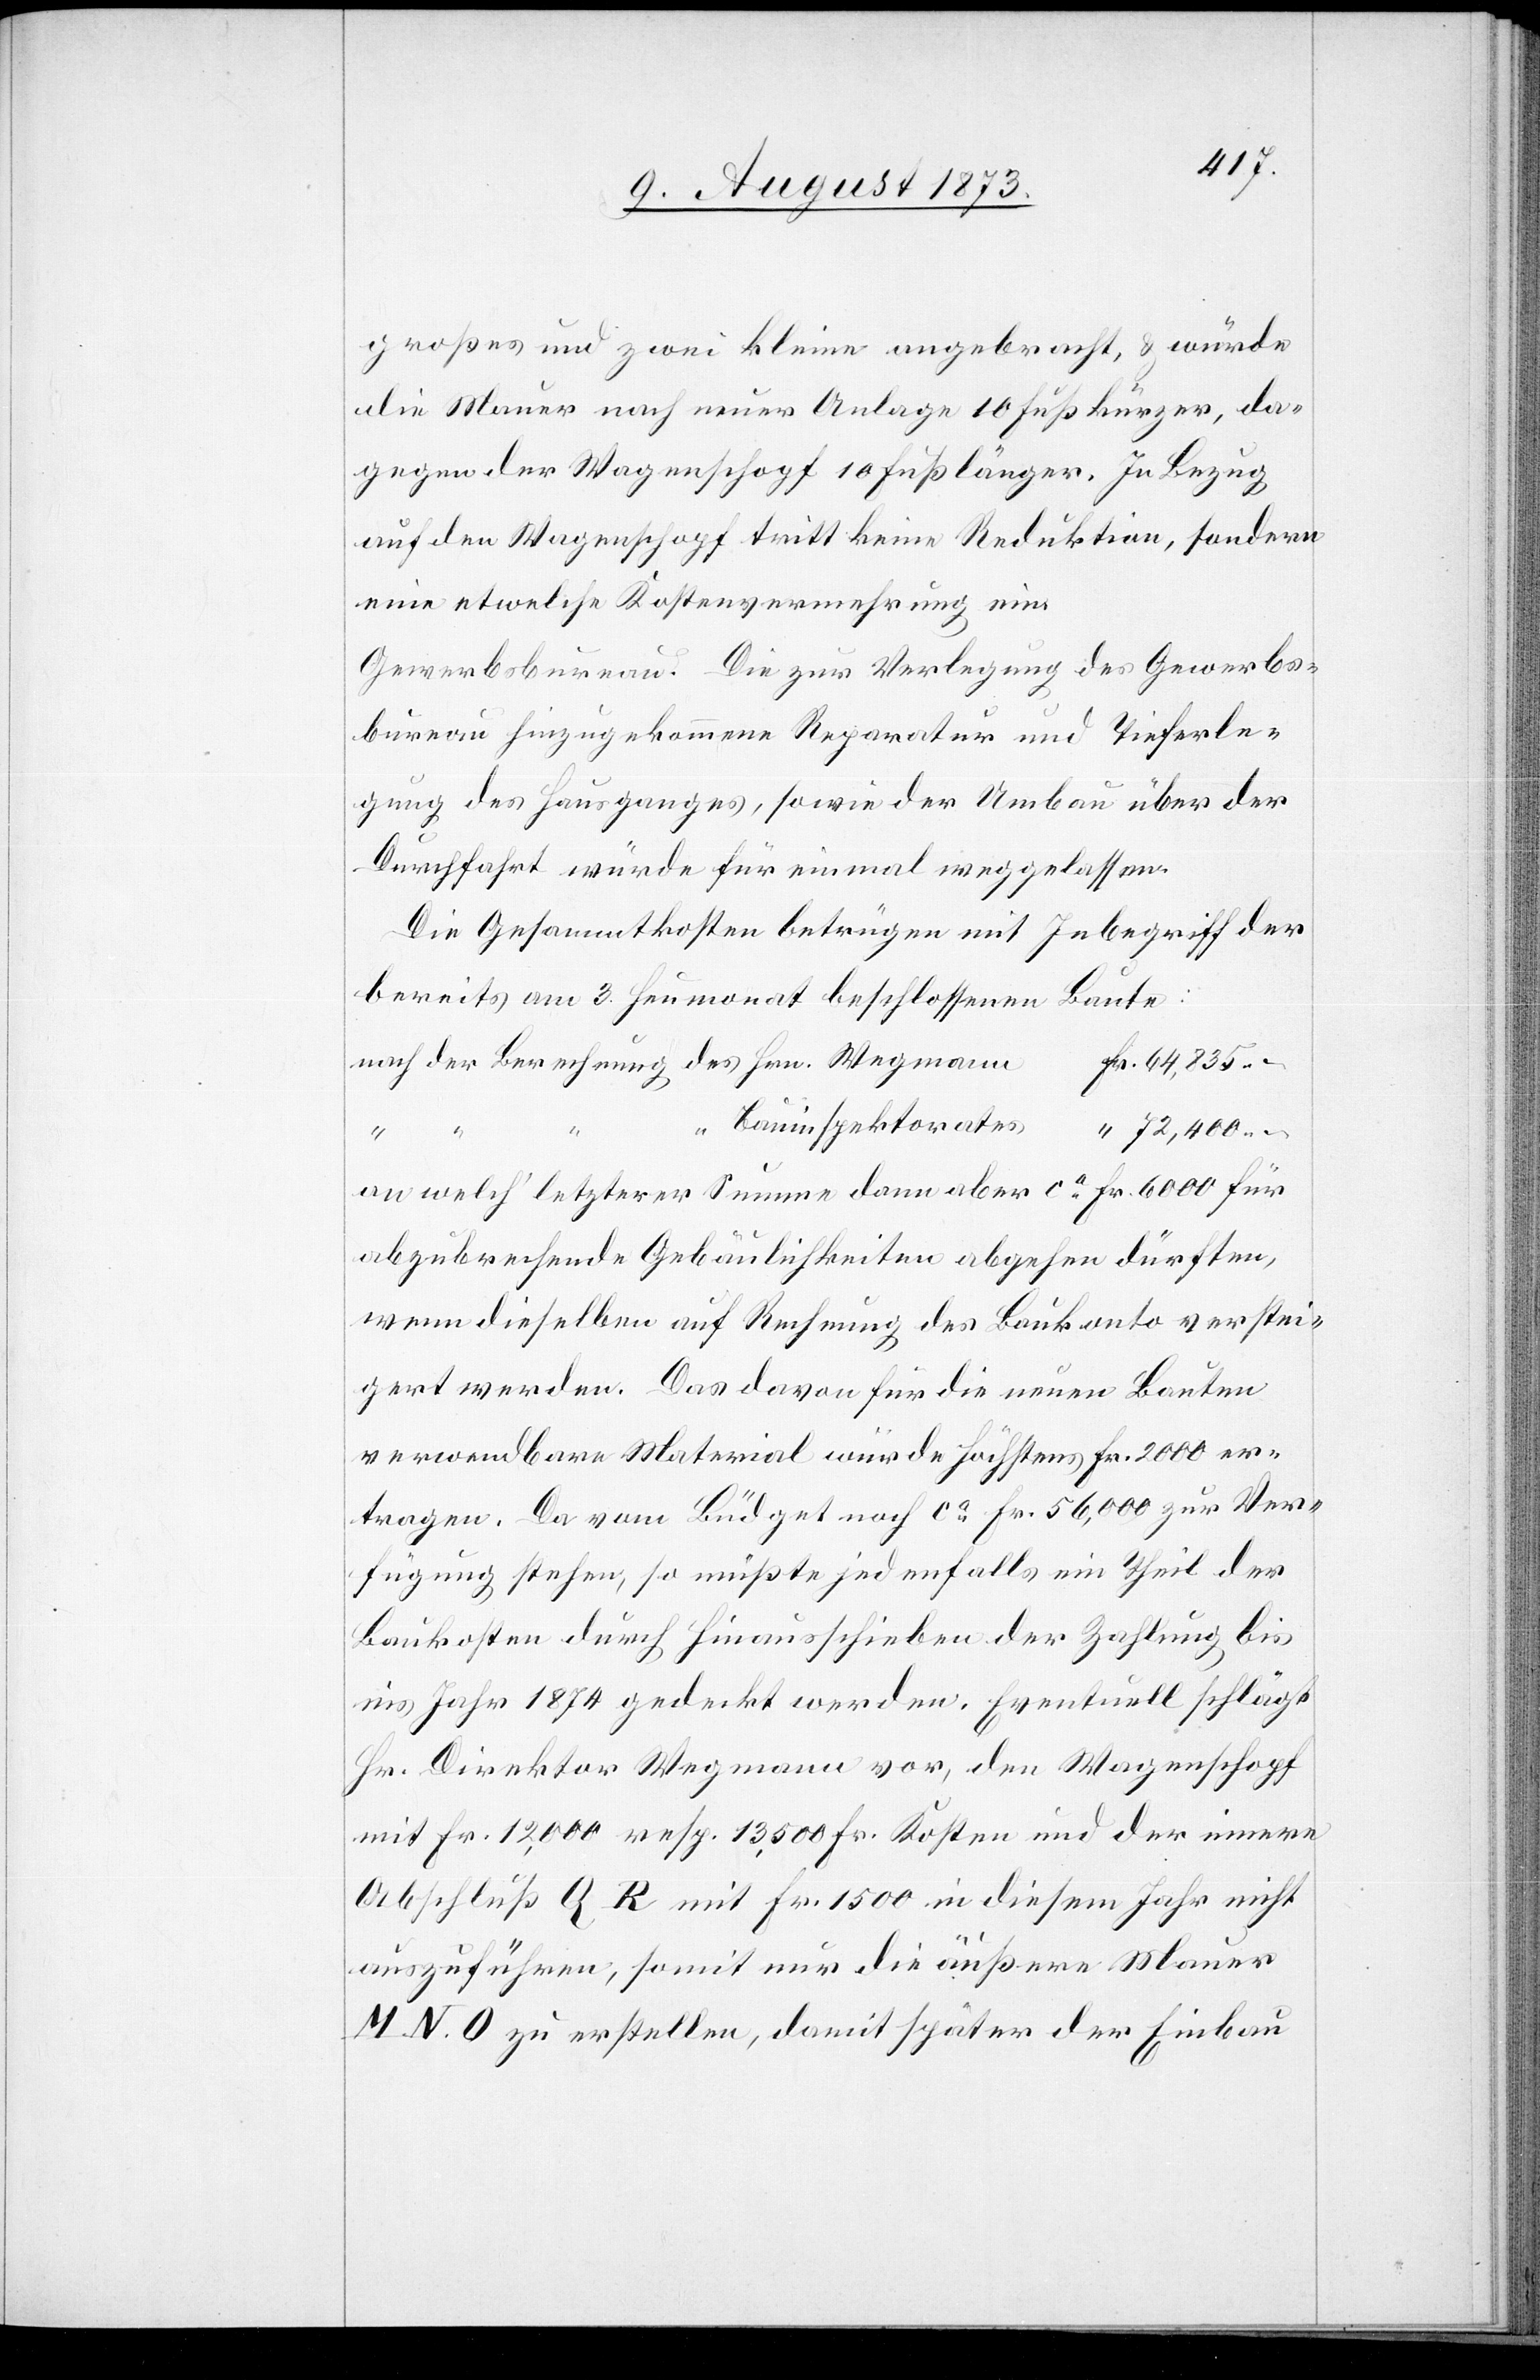
großes und zwei kleine angebracht, & würde
die Mauer nach neuer Anlage 10 Fuß kürzer, da¬
gegen der Wagenschopf 10 Fuß länger. In Bezug
auf den Wagenschopf tritt keine Reduktion, sondern
eine etwelche Kostenvermehrung ein.
Gewerbsbureau. Die zur Verlegung des Gewerbs¬
bureau hinzugekommene Reparatur und Tieferle¬
gung des Hausganges, sowie der Umbau über der
Durchfahrt würde für einmal weggelassen.
Die Gesammtkosten betrügen mit Inbegriff der
bereits am 3. Heumonat beschlossenen Baute:
–.
nach welch’ letzterer Summe dann aber ca Fr. 6 000 für
abzubrechende Gebäulichkeiten abgehen dürften,
wenn dieselben auf Rechnung des Baukonto verstei¬
gert werden. Das davon für die neuen Bauten
verwendbare Material würde höchstens Fr. 2 000 er¬
tragen. Da vom Büdget noch ca Fr. 56,000 zur Ver¬
fügung stehen, so müßte jedenfalls ein Theil der
Baukosten durch Hinausschieben der Zahlung bis
ins Jahr 1874 gedeckt werden. Eventuell schlägt
Hr. Direktor Wegmann vor, den Wagenschopf
mit Fr. 12,000 resp. 13,5000 Fr. Kosten und der innere
Abschluß Q R mit Fr. 1 500 in diesem Jahr nicht
auszuführen, somit nur die äußere Mauer
M. N. O zu erstellen, damit später der Einbau